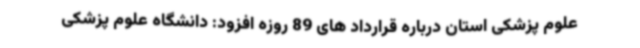
علوم پزشکی استان درباره قرارداد های 89 روزه افزود: دانشگاه علوم پزشکی